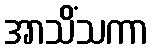
အာသိံသကာ